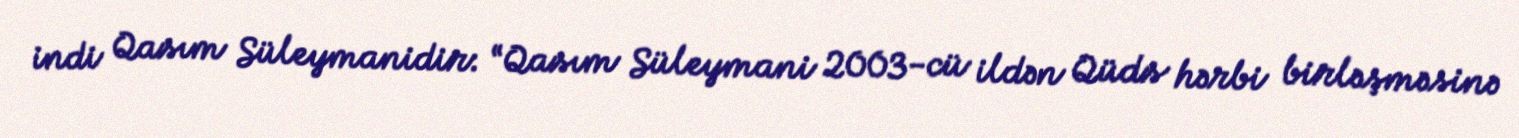
indi Qasım Süleymanidir: “Qasım Süleymani 2003-cü ildən Qüds hərbi birləşməsinə